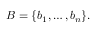
B = \{ b _ { 1 } , \ldots , b _ { n } \} .